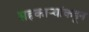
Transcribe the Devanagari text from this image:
सहकाऱ्यांकडून